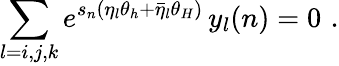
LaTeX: \sum_{l=i,j,k}e^{s_{n}(\eta_{l}\theta_{h}+\bar{\eta}_{l}\theta_{H})}\, y_{l}(n)=0\, \, .